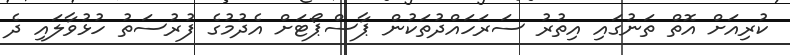
ކުރިއަށް އޮތް ތަނުގައި އިތުރު ސަރަހައްދުތަކުން ޕާސްޕޯޓަށް އެދުމުގެ ފުރުސަތު ހުޅުވާލައި ދެ